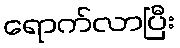
ရောက်လာပြီး